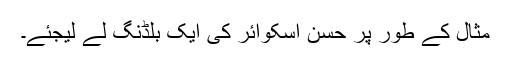
مثال کے طور پر حسن اسکوائر کی ایک بلڈنگ لے لیجئے۔